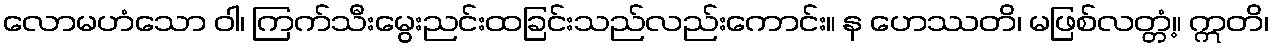
လောမဟံသော ဝါ၊ ကြက်သီးမွေးညင်းထခြင်းသည်လည်းကောင်း။ န ဟေဿတိ၊ မဖြစ်လတ္တံ့။ ဣတိ၊